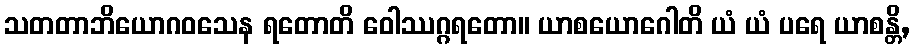
သတတာဘိယောဂဝသေန ရတောတိ ဝေါဿဂ္ဂရတော။ ယာစယောဂေါတိ ယံ ယံ ပရေ ယာစန္တိ,